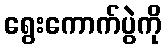
ရွေးကောက်ပွဲကို